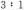
$$3：1$$